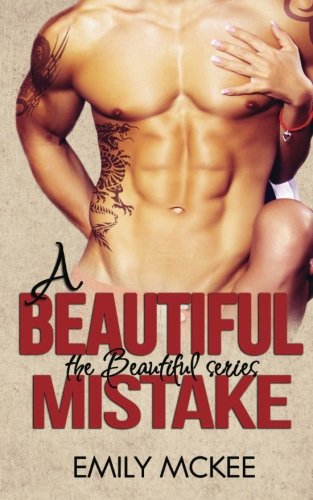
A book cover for A Beautiful Mistake (The Beautiful Series - Book 3) (Volume 3); Emily McKee; Romance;